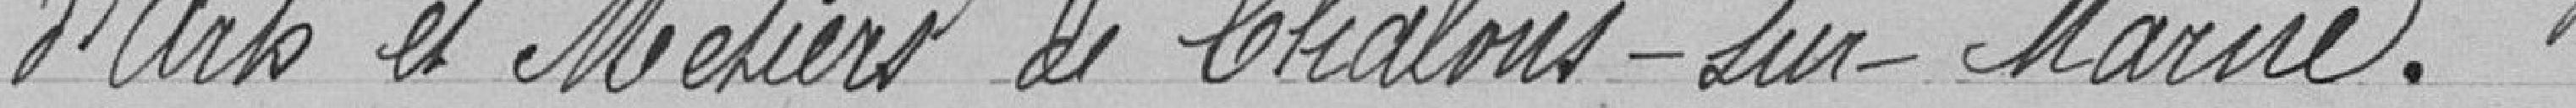
d'Arts et Métiers de Châlons-sur-Marne.